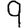
Digit: 9